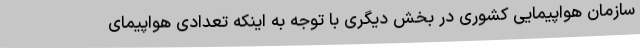
سازمان هواپیمایی کشوری در بخش دیگری با توجه به اینکه تعدادی هواپیمای